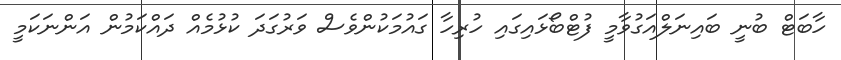
ހާބަޓް ބުނީ ބައިނަލްއަގުވާމީ ފުޓްބޯޅައިގައި ހުރިހާ ގައުމަކުންވެސް ވަރުގަދަ ކުޅުމެއް ދައްކަމުން އަންނަކަމީ